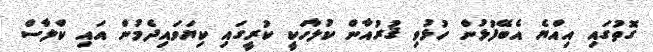
ގޮތުގައި އިއްޔެ އެބޭފުޅުން ހުޅުވި ޤުރުއާން ކުލާހަކީ ކުރީގައި ކިޔަވައިދެމުން އައި ކްލާސް